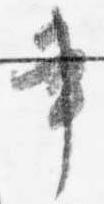
書